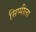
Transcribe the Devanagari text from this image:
सिप्पीला